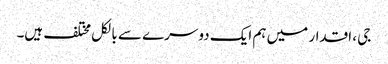
جی ، اقدار میں ہم ایک دوسرے سے بالکل مختلف ہیں۔